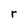
Character: r